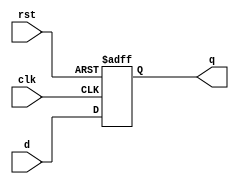


module register
#(
    parameter SIZE = 32
)
(
    input                       clk,
    input                       rst,
    input      [ SIZE - 1 : 0 ] d,
    output reg [ SIZE - 1 : 0 ] q
);
    always @ (posedge clk or negedge rst)
        if(~rst)
            q <= { SIZE { 1'b0}};
        else
            q <= d;
endmodule